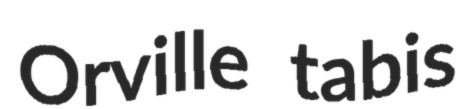
Orville tabis